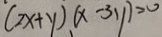
( 2 x + y ) ( x - 3 y ) = 0